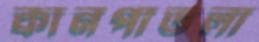
কানপাতলা